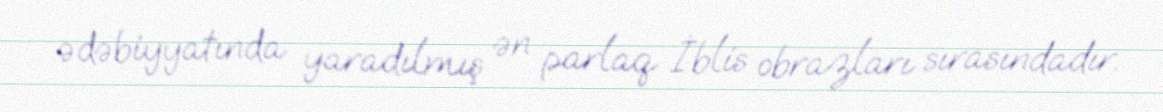
ədəbiyyatında yaradılmış ən parlaq İblis obrazları sırasındadır.